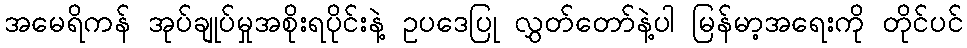
အမေရိကန် အုပ်ချုပ်မှုအစိုးရပိုင်းနဲ့ ဥပဒေပြု လွှတ်တော်နဲ့ပါ မြန်မာ့အရေးကို တိုင်ပင်